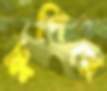
ফুপিয়ে